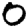
Digit: 0